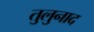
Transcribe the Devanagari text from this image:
तुलुनाद